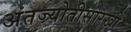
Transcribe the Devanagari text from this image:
अंतज्र्योतीसारखी